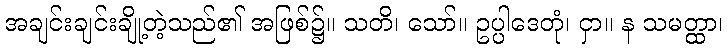
အချင်းချင်းချို့တဲ့သည်၏ အဖြစ်၌။ သတိ၊ သော်။ ဥပ္ပါဒေတုံ၊ ငှာ။ န သမတ္ထာ၊